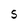
Character: S